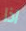
اذا